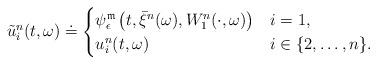
LaTeX: \begin{align*}\tilde{u}^{n}_{i}(t,\omega)\doteq \begin{cases}\psi^{\mathfrak{m}}_{\epsilon}\left(t,\bar{\xi}^{n}(\omega),W^{n}_{1}(\cdot,\omega)\right) & i=1,\\u^{n}_{i}(t,\omega) & i\in \{2,\ldots,n\}.\end{cases}\end{align*}